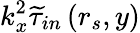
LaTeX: k_{x}^{2}\widetilde{\tau}_{in}\left(r_{s},y\right)